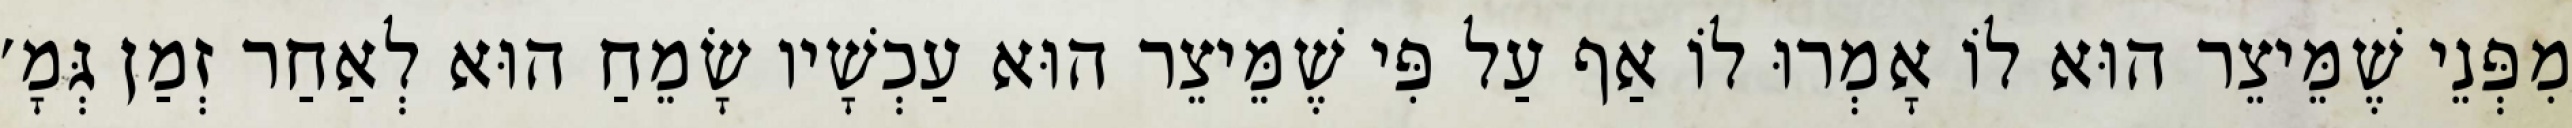
מִפְּנֵי שֶׁמֵּיצֵר הוּא לוֹ אָמְרוּ לוֹ אַף עַל פִּי שֶׁמֵּיצֵר הוּא עַכְשָׁיו שָׂמֵחַ הוּא לְאַחַר זְמַן גְּמָ׳